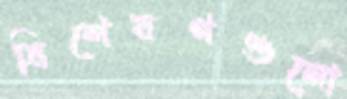
বিশেষণগুলো